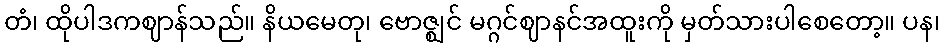
တံ၊ ထိုပါဒကဈာန်သည်။ နိယမေတု၊ ဗောဇ္ဈင် မဂ္ဂင်ဈာနင်အထူးကို မှတ်သားပါစေတော့။ ပန၊